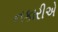
નકારીએ